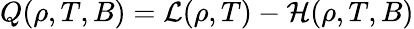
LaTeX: Q(\rho,T,B)={\cal L}(\rho,T)-{\cal H}(\rho,T,B)